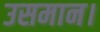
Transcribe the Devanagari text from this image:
उसमान।